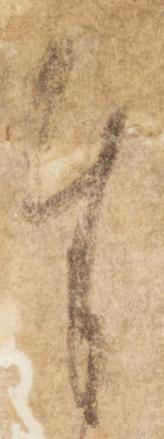
奉